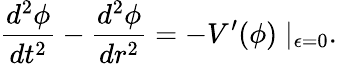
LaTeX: \frac{d^{2}\phi}{dt^{2}}-\frac{d^{2}\phi}{dr^{2}}=-V^{\prime}(\phi)\mid_{\epsilon=0}.